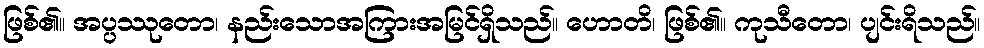
ဖြစ်၏။ အပ္ပဿုတော၊ နည်းသောအကြားအမြင်ရှိသည်။ ဟောတိ၊ ဖြစ်၏။ ကုသီတော၊ ပျင်းရိသည်။